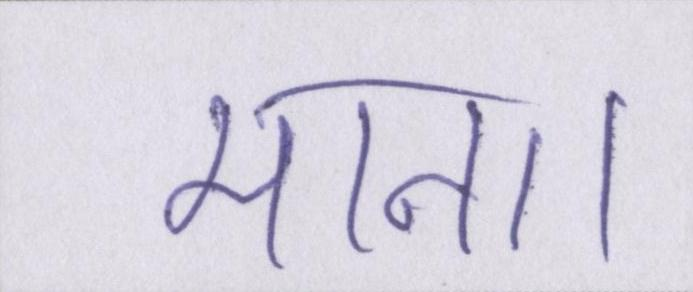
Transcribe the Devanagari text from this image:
माना।